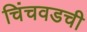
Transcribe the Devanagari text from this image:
चिंचवडची